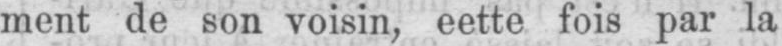
ment de son voisin, eette fois par la